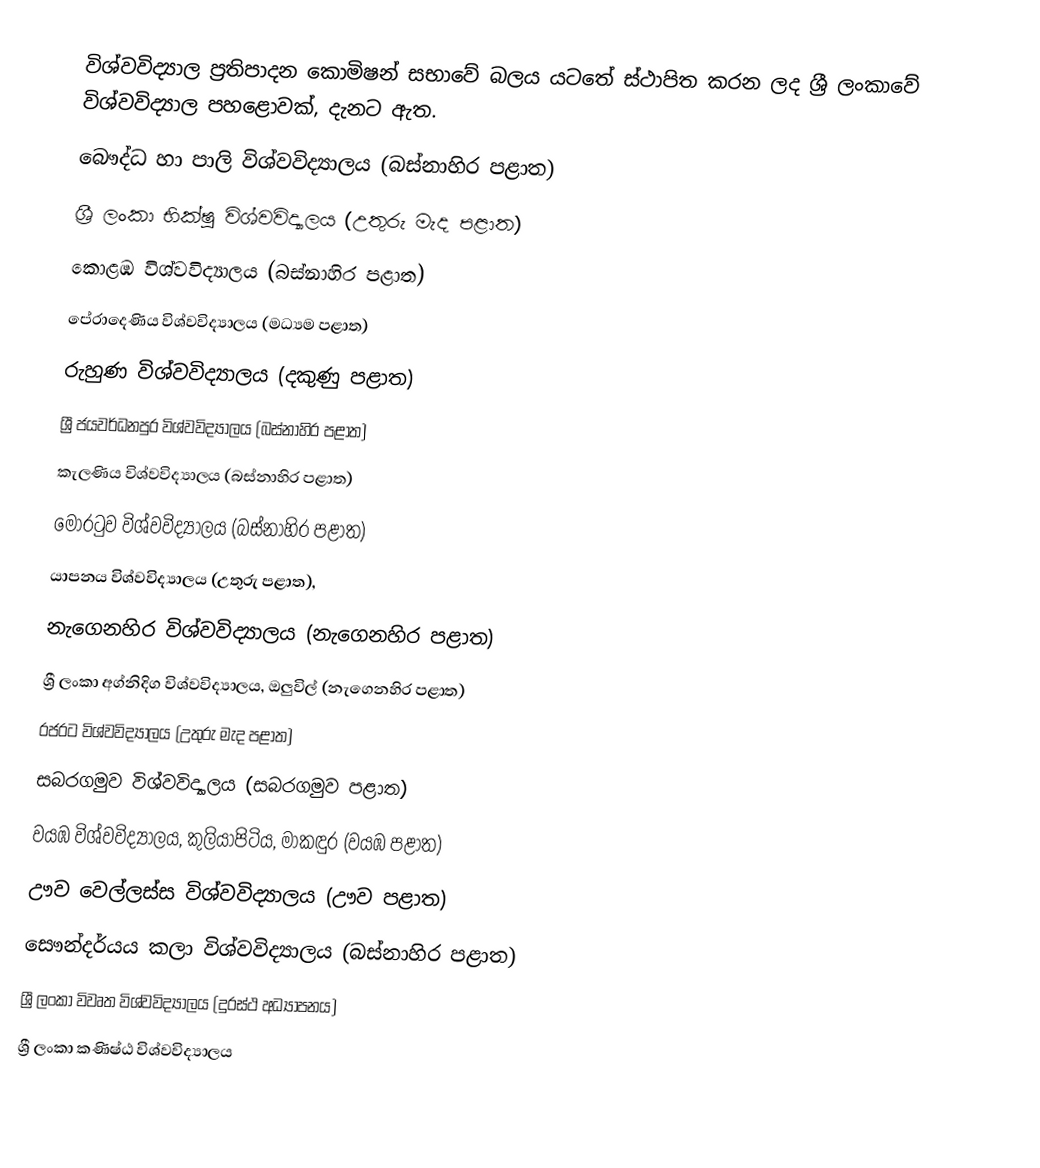
විශ්වවිද්‍යාල ප්‍රතිපාදන කොමිෂන් සභාවේ බලය යටතේ ස්ථාපිත කරන ලද ශ්‍රී ලංකාවේ විශ්වවිද්‍යාල පහළොවක්, දැනට ඇත.
 බෞද්ධ හා පාලි විශ්වවිද්‍යාලය (බස්නාහිර පළාත)
 ශ්‍රී ලංකා භික්ෂු විශ්වවිද්‍යාලය (උතුරු මැද පළාත)
 කොළඹ විශ්වවිද්‍යාලය‎ (බස්නාහිර පළාත)
 පේරාදෙණිය විශ්වවිද්‍යාලය‎ (මධ්‍යම පළාත)
 රුහුණ විශ්වවිද්‍යාලය‎ (දකුණු පළාත)
 ශ්‍රී ජයවර්ධනපුර විශ්වවිද්‍යාලය (බස්නාහිර පළාත)
 කැලණිය විශ්වවිද්‍යාලය‎ (බස්නාහිර පළාත)
 මොරටුව විශ්වවිද්‍යාලය‎ (බස්නාහිර පළාත)
 යාපනය විශ්වවිද්‍යාලය‎ (උතුරු පළාත),
 නැගෙනහිර විශ්වවිද්‍යාලය‎ (නැගෙනහිර පළාත)
 ශ්‍රී ලංකා අග්නිදිග විශ්වවිද්‍යාලය, ඔලුවිල් (නැගෙනහිර පළාත)
 රජරට විශ්වවිද්‍යාලය‎ (උතුරු මැද පළාත)
 සබරගමුව විශ්වවිද්‍යාලය‎ (සබරගමුව පළාත)
 වයඹ විශ්වවිද්‍යාලය‎, කුලියාපිටිය, මාකඳුර (වයඹ පළාත)
 ඌව වෙල්ලස්ස විශ්වවිද්‍යාලය‎ (ඌව පළාත)
 සෞන්දර්යය කලා විශ්වවිද්‍යාලය (බස්නාහිර පළාත)
 ශ්‍රී ලංකා විවෘත විශ්වවිද්‍යාලය (දුරස්ථ අධ්‍යාපනය)
ශ්‍රී ලංකා කණිෂ්ඨ විශ්වවිද්‍යාලය